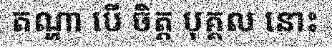
តណ្ហា បើ ចិត្ត បុគ្គល នោះ